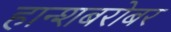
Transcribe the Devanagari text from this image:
हान्शबरोबर